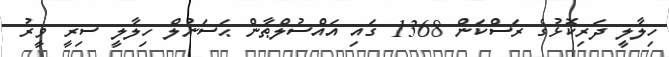
ހިލާލީ ދަރިކޮޅުގެ ރަސްކަން 1368 ގައި އައްސުލްޠާން ޙަސަނުލް ހިލާލީ ސިރީ ވީރު